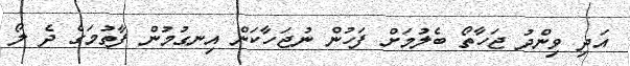
އަދި ވިންދު ޖަހާތޯ ބެލުމަށް ފަހުން ނުޖަހާކަން އިނގުމުން ފާތުމަގެ ދެ ލޯ